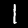
Label: 1